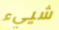
شييء